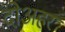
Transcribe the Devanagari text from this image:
दोअहर